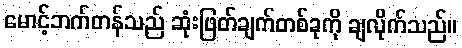
မောင့်ဘက်တန်သည် ဆုံးဖြတ်ချက်တစ်ခုကို ချလိုက်သည်။